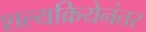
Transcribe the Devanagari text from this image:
शल्यक्रियेनंतर